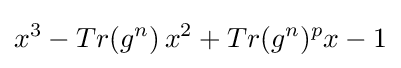
x^{3}-Tr(g^{n})\!\ x^{2}+Tr(g^{n})^{p}x-1